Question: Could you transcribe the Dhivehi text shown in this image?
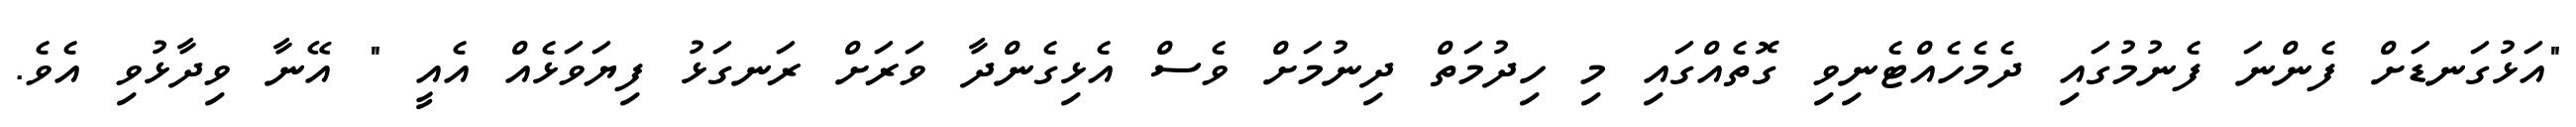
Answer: "އަޅުގަނޑަށް ފެންނަ ފެނުމުގައި ދެމެހެއްޓެނިވި ގޮތެއްގައި މި ހިދުމަތް ދިނުމަށް ވެސް އެޅިގެންދާ ވަރަށް ރަނގަޅު ފިޔަވަޅެއް އެއީ " އޭނާ ވިދާޅުވި އެވެ.